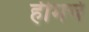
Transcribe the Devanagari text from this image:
हीमचे